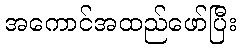
အကောင်အထည်ဖော်ပြီး